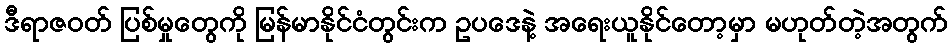
ဒီရာဇဝတ် ပြစ်မှုတွေကို မြန်မာနိုင်ငံတွင်းက ဥပဒေနဲ့ အရေးယူနိုင်တော့မှာ မဟုတ်တဲ့အတွက်